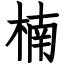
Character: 楠